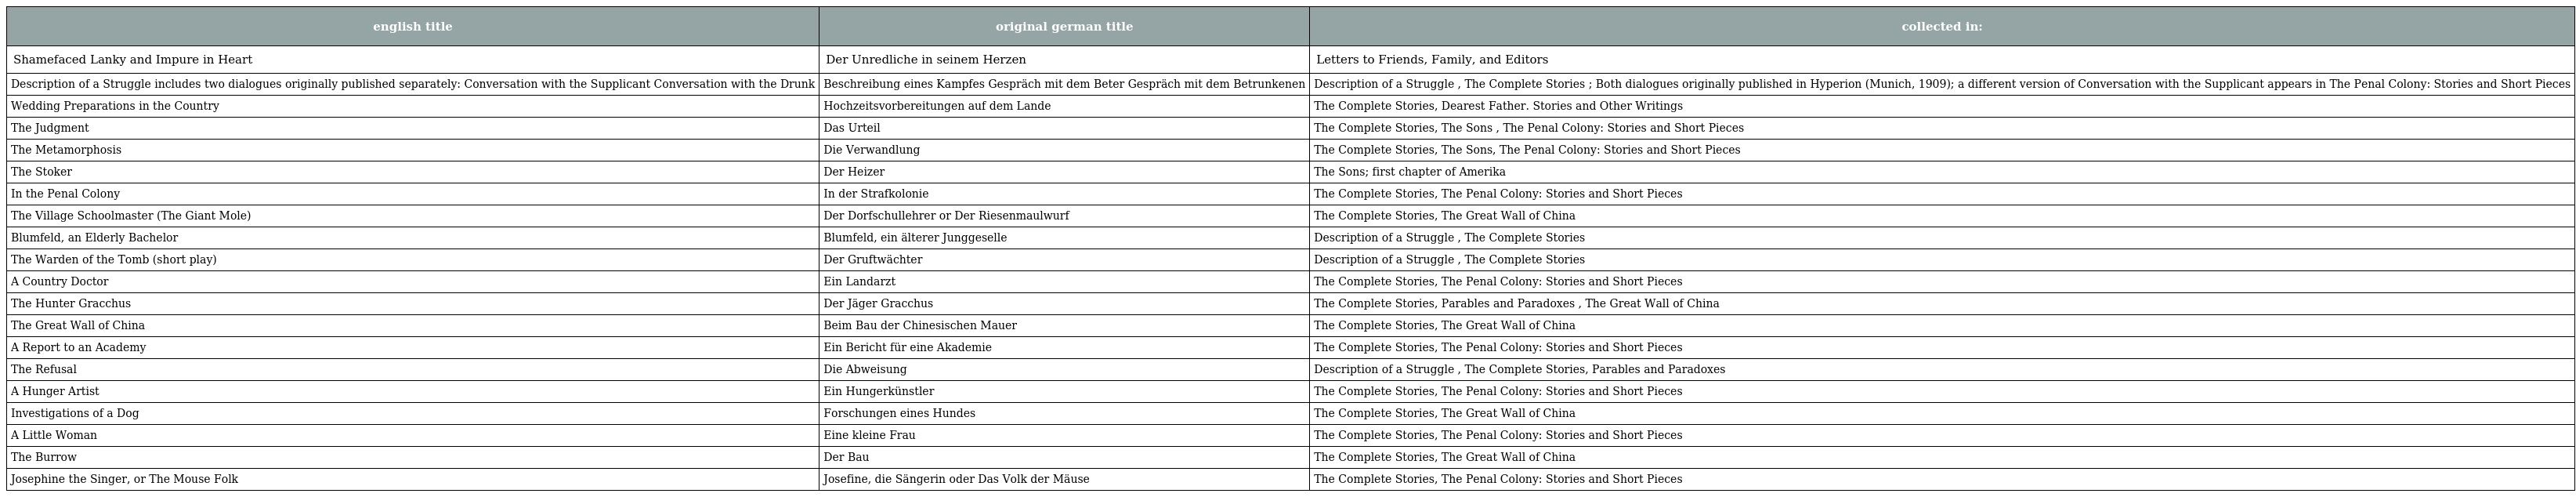
| english title | original german title | collected in: |
 | --- | --- | --- |
 | Shamefaced Lanky and Impure in Heart | Der Unredliche in seinem Herzen | Letters to Friends, Family, and Editors |
 | Description of a Struggle includes two dialogues originally published separately: Conversation with the Supplicant Conversation with the Drunk | Beschreibung eines Kampfes Gespräch mit dem Beter Gespräch mit dem Betrunkenen | Description of a Struggle , The Complete Stories ; Both dialogues originally published in Hyperion (Munich, 1909); a different version of Conversation with the Supplicant appears in The Penal Colony: Stories and Short Pieces |
 | Wedding Preparations in the Country | Hochzeitsvorbereitungen auf dem Lande | The Complete Stories, Dearest Father. Stories and Other Writings |
 | The Judgment | Das Urteil | The Complete Stories, The Sons , The Penal Colony: Stories and Short Pieces |
 | The Metamorphosis | Die Verwandlung | The Complete Stories, The Sons, The Penal Colony: Stories and Short Pieces |
 | The Stoker | Der Heizer | The Sons; first chapter of Amerika |
 | In the Penal Colony | In der Strafkolonie | The Complete Stories, The Penal Colony: Stories and Short Pieces |
 | The Village Schoolmaster (The Giant Mole) | Der Dorfschullehrer or Der Riesenmaulwurf | The Complete Stories, The Great Wall of China |
 | Blumfeld, an Elderly Bachelor | Blumfeld, ein älterer Junggeselle | Description of a Struggle , The Complete Stories |
 | The Warden of the Tomb (short play) | Der Gruftwächter | Description of a Struggle , The Complete Stories |
 | A Country Doctor | Ein Landarzt | The Complete Stories, The Penal Colony: Stories and Short Pieces |
 | The Hunter Gracchus | Der Jäger Gracchus | The Complete Stories, Parables and Paradoxes , The Great Wall of China |
 | The Great Wall of China | Beim Bau der Chinesischen Mauer | The Complete Stories, The Great Wall of China |
 | A Report to an Academy | Ein Bericht für eine Akademie | The Complete Stories, The Penal Colony: Stories and Short Pieces |
 | The Refusal | Die Abweisung | Description of a Struggle , The Complete Stories, Parables and Paradoxes |
 | A Hunger Artist | Ein Hungerkünstler | The Complete Stories, The Penal Colony: Stories and Short Pieces |
 | Investigations of a Dog | Forschungen eines Hundes | The Complete Stories, The Great Wall of China |
 | A Little Woman | Eine kleine Frau | The Complete Stories, The Penal Colony: Stories and Short Pieces |
 | The Burrow | Der Bau | The Complete Stories, The Great Wall of China |
 | Josephine the Singer, or The Mouse Folk | Josefine, die Sängerin oder Das Volk der Mäuse | The Complete Stories, The Penal Colony: Stories and Short Pieces |